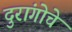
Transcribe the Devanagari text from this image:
दुरांगोचे